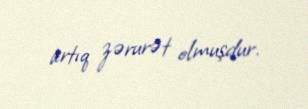
artıq zərurət olmuşdur.